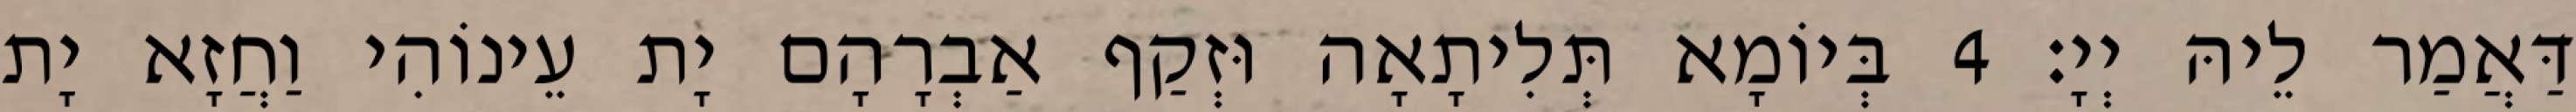
דַּאֲמַר לֵיהּ יְיָ׃ 4 בְּיוֹמָא תְּלִיתָאָה וּזְקַף אַבְרָהָם יָת עֵינוֹהִי וַחֲזָא יָת